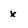
Character: x